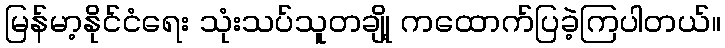
မြန်မာ့နိုင်ငံရေး သုံးသပ်သူတချို့ ကထောက်ပြခဲ့ကြပါတယ်။